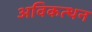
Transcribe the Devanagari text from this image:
अविकत्थन